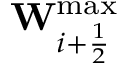
\mathbf { W } _ { i + \frac { 1 } { 2 } } ^ { \operatorname* { m a x } }